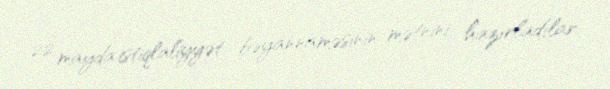
22 mayda istiqlaliyyət bəyannaməsinin mətnini hazırladılar.